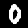
Label: 0